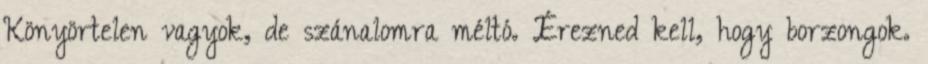
Könyörtelen vagyok, de szánalomra méltó. Érezned kell, hogy borzongok.